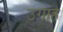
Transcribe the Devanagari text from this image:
उगाह